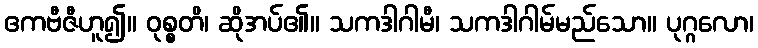
ဧကဗီဇီဟူ၍။ ဝုစ္စတိ၊ ဆိုအပ်၏။ သကဒါဂါမီ၊ သကဒါဂါမ်မည်သော။ ပုဂ္ဂလော၊